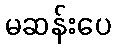
မဆန်းပေ